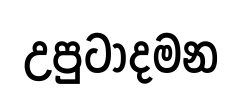
උපුටාදමන